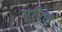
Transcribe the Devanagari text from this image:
एरिछ